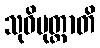
သုဝိမုတ္တာတိ